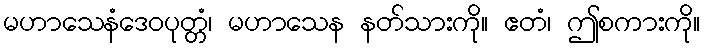
မဟာသေနံဒေဝပုတ္တံ၊ မဟာသေန နတ်သားကို။ ဧတံ၊ ဤစကားကို။